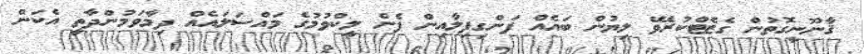
ޤާނޫނީގޮތުން ގެޒެޓްކުރެވޭ ލިޔުން ބައެއް ފަންގިފިލާއިން ފެން ލީކްވުމުގެ މައްސަލައެއް ދިމާވަމުންދާތީ އެކަން